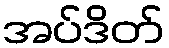
အပ်ဒိတ်